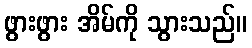
ဖွားဖွား အိမ်ကို သွားသည်။